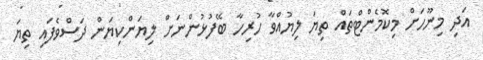
އަދި މިނޫހަށް މިކޮމެންޓްތައް ތިޔަ ލިޔުއްވާ ހުރިހާ ބޭފުޅުންނަށް ލިޔަންކިޔަން ދަސްވެފައި ތިޔަ